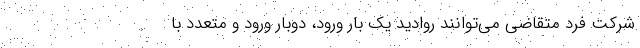
شرکت فرد متقاضی می‌توانند روادید یک بار ورود، دوبار ورود و متعدد با